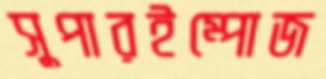
সুপারইম্পোজ